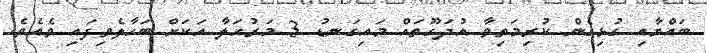
ބައްޔާއި ގުޅިގެން ކުރިމަތިވާ އުދަގޫތައް މައިގަނޑު 3 މަރުހަލާ އަކަށް ބަހާލެވިފައި ވެއެވެ.